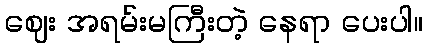
ဈေး အရမ်းမကြီးတဲ့ နေရာ ပေးပါ။